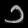
Digit: ၁